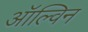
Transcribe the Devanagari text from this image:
ऑल्विन